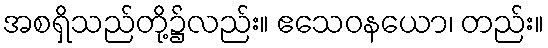
အစရှိသည်တို့၌လည်း။ ဧသေဝနယော၊ တည်း။